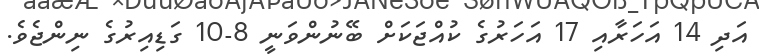
އަދި 14 އަހަރާއި 17 އަހަރުގެ ކުއްޖަކަށް ބޭނުންވަނީ 8-10 ގަޑިއިރުގެ ނިންޖެވެ.